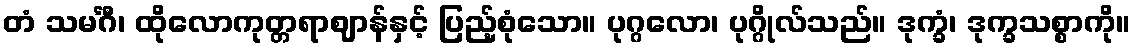
တံ သမင်္ဂီ၊ ထိုလောကုတ္တရာဈာန်နှင့် ပြည့်စုံသော။ ပုဂ္ဂလော၊ ပုဂ္ဂိုလ်သည်။ ဒုက္ခံ၊ ဒုက္ခသစ္စာကို။